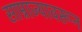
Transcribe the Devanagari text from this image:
साम्राज्यावरून